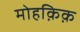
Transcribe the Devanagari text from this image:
मोहक़िक़